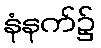
နံနက်၌